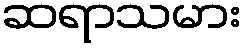
ဆရာသမား